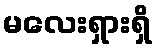
မလေးရှားရှိ